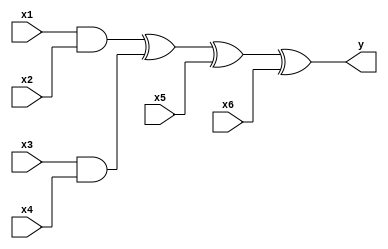
//------------------------------------------------------------------------------------------
//Design        : Digit-serial systolic multiplier for GF
//
//
//------------------------------------------------------------------------------------------
`timescale 1ns/10ps
//------------------------------------------------------------------------------------------
module cell_4xor(y,x1,x2,x3,x4,x5,x6);
  input x1,x2,x3,x4,x5,x6;
  output y;
  wire y1,y2;
  and (y1,x1,x2);
  and (y2,x3,x4);
  xor(y,y1,y2,x5,x6);
endmodule